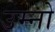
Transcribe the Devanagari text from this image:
उम्नो